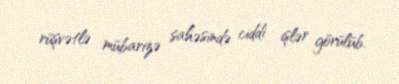
rüşvətlə mübarizə sahəsində ciddi işlər görülüb.